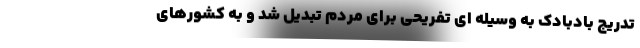
تدریج بادبادک به وسیله ای تفریحی برای مردم تبدیل شد و به کشورهای